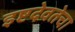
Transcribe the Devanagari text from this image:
इष्टदेवतेचा